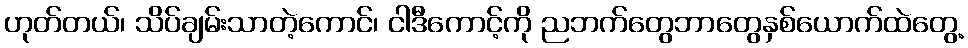
ဟုတ်တယ်၊ သိပ်ချမ်းသာတဲ့ကောင်၊ ငါဒီကောင့်ကို ညဘက်တွေဘာတွေနှစ်ယောက်ထဲတွေ့